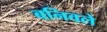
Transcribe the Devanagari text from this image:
बनिवले